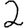
Digit: 2